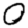
Digit: 0